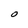
Character: O